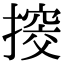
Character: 𢲷